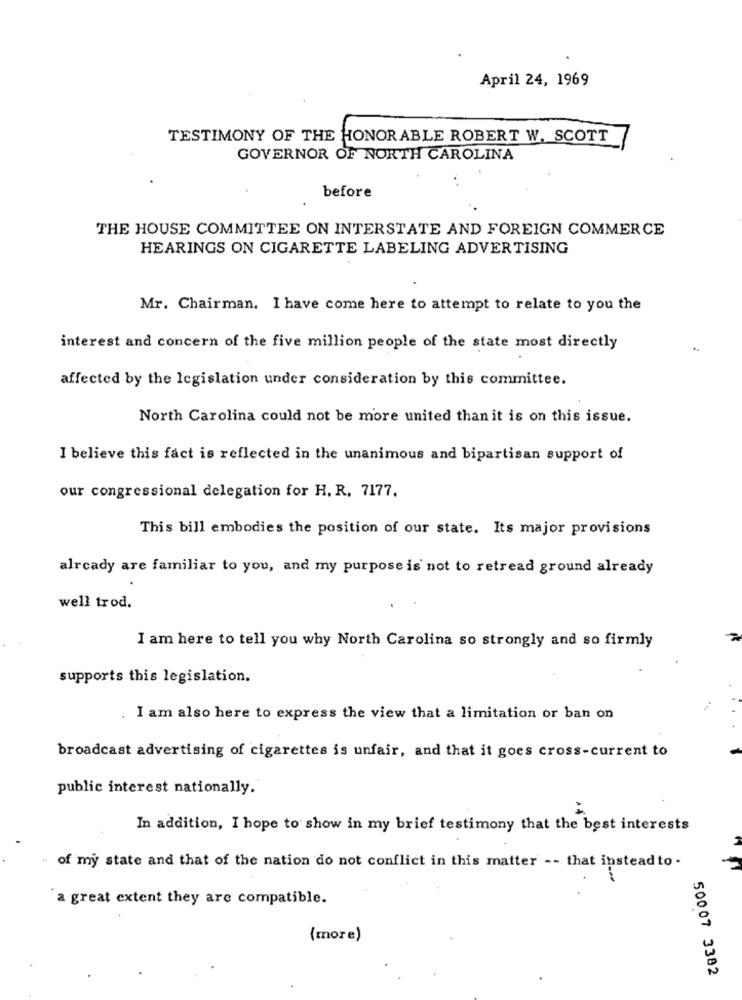
April 24, 1969
TESTIMONY OF THE HONORABLE ROBERT W, SCOTT
GOVERNOR OF NORTH CAROLINA
before
THE HOUSE COMMITTEE ON INTERSTATE AND FOREIGN COMMERCE
HEARINGS ON CIGARETTE LABELING ADVERTISING
Mr. Chairman. I have come here to attempt to relate to you the
interest and concern of the five million people of the state most directly
affected by the legislation under consideration by this committee.
North Carolina could not be more united than it is on this issue.
I believe this fact is reflected in the unanimous and bipartisan support of
our congressional delegation for H. R. 7177.
This bill embodies the position of our state. Its major provisions
already are familiar to you, and my purpose is not to retread ground already
well trod.
I am here to tell you why North Carolina so strongly and so firmly
supports this legislation.
I am also here to express the view that a limitation or ban on
broadcast advertising of cigarettes is unfair, and that it goes cross-current to
public interest nationally.
In addition, I hope to show in my brief testimony that the best interests
" of my state and that of the nation do not conflict in this matter -- that instead to .
`a great extent they are compatible.
(more)
50007 3382